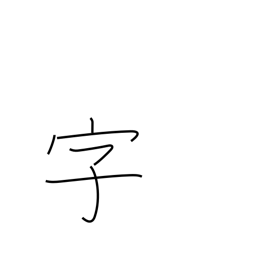
Meaning: section of village